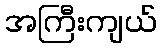
အကြီးကျယ်